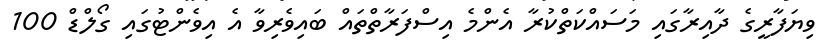
ވިޔަފާރީގެ ދާއިރާގައި މަސައްކަތްކުރާ އެންމެ އިސްފަރާތްތައް ބައިވެރިވާ އެ އިވެންޓުގައި ގޯލްޑް 100